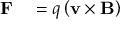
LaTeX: { \begin{array} { r l } { \mathbf { F } } & { { } = q \left( \mathbf { v } \times \mathbf { B } \right) } \end{array} } \,